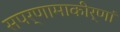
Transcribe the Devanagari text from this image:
सपर्णामाकीर्णां